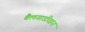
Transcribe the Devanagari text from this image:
बैलगाडीवान